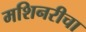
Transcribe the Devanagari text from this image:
मशिनरीचा